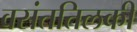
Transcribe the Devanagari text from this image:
वसंततिलकी